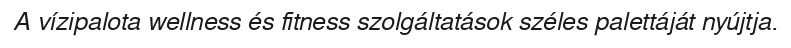
A vízipalota wellness és fitness szolgáltatások széles palettáját nyújtja.